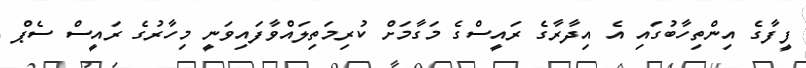
ފީފާގެ އިންތިހާބުގައި އެ އިދާރާގެ ރައީސްގެ މަގާމަށް ކުރިމަތިލައްވާފައިވަނީ މިހާރުގެ ރައީސް ސެޕް